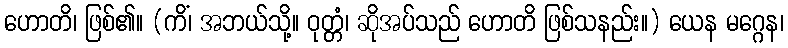
ဟောတိ၊ ဖြစ်၏။ (ကိံ၊ အဘယ်သို့။ ဝုတ္တံ၊ ဆိုအပ်သည် ဟောတိ ဖြစ်သနည်း။) ယေန မဂ္ဂေန၊